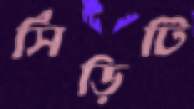
সিঁড়িটি